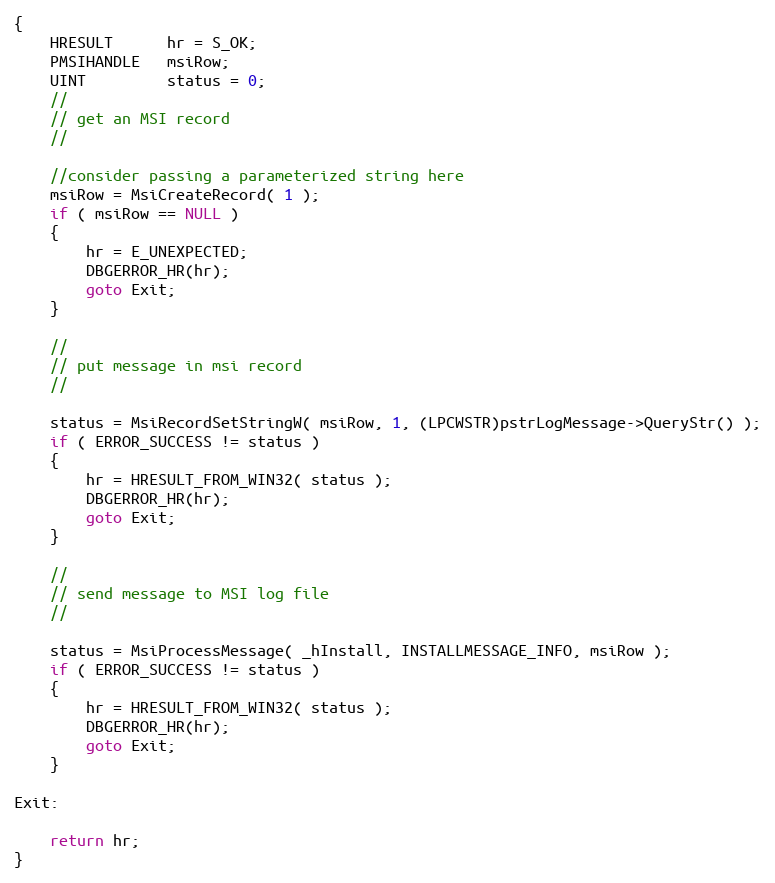
Language: C++
{
    HRESULT      hr = S_OK;
    PMSIHANDLE   msiRow;
    UINT         status = 0;
    //
    // get an MSI record
    //

    //consider passing a parameterized string here
    msiRow = MsiCreateRecord( 1 );
    if ( msiRow == NULL )
    {
        hr = E_UNEXPECTED;
        DBGERROR_HR(hr);
        goto Exit;
    }

    //
    // put message in msi record
    //

    status = MsiRecordSetStringW( msiRow, 1, (LPCWSTR)pstrLogMessage->QueryStr() );
    if ( ERROR_SUCCESS != status )
    {
        hr = HRESULT_FROM_WIN32( status );
        DBGERROR_HR(hr);
        goto Exit;
    }

    //
    // send message to MSI log file
    //

    status = MsiProcessMessage( _hInstall, INSTALLMESSAGE_INFO, msiRow );
    if ( ERROR_SUCCESS != status )
    {
        hr = HRESULT_FROM_WIN32( status );
        DBGERROR_HR(hr);
        goto Exit;
    }

Exit:

    return hr;
}